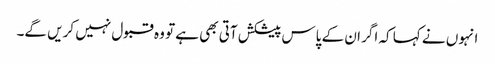
انہوں نے کہا کہ اگر ان کے پاس پیشکش آتی بھی ہے تو وہ قبول نہیں کریں گے۔